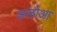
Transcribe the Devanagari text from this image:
अलोआ